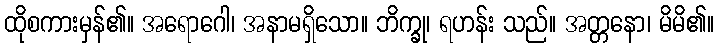
ထိုစကားမှန်၏။ အရောဂေါ၊ အနာမရှိသော။ ဘိက္ခု၊ ရဟန်း သည်။ အတ္တနော၊ မိမိ၏။